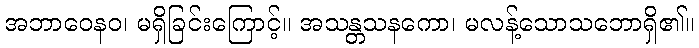
အဘာဝေနဝ၊ မရှိခြင်းကြောင့်။ အသန္တသနကော၊ မလန့်သောသဘောရှိ၏။